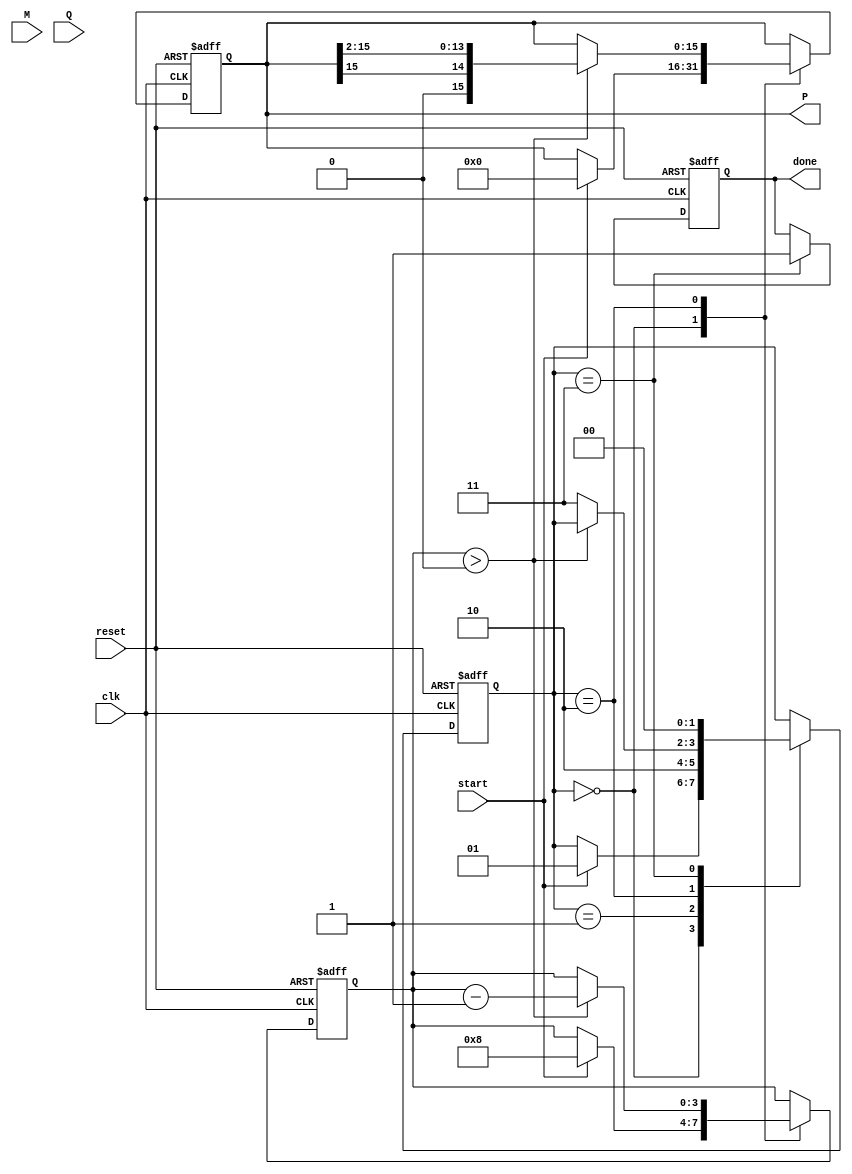
module booth_multiplier #(
    parameter WIDTH = 8 // Bit-width for the multiplicand and multiplier
)(
    input wire clk,
    input wire reset,
    input wire start,
    input wire signed [WIDTH-1:0] M, // Multiplicand
    input wire signed [WIDTH-1:0] Q, // Multiplier
    output reg signed [2*WIDTH-1:0] P, // Product
    output reg done // Indicates multiplication completion
);

    // Internal registers
    reg signed [WIDTH-1:0] A; // A register
    reg signed [WIDTH-1:0] Q_reg; // Q register
    reg Q_1; // Q-1 register
    reg [3:0] count; // Counter for iterations
    reg [1:0] state; // State for FSM

    // State encoding
    localparam IDLE = 2'b00,
               INIT = 2'b01,
               EXECUTE = 2'b10,
               DONE = 2'b11;

    // Initial conditions
    always @(posedge clk or posedge reset) begin
        if (reset) begin
            P <= 0;
            A <= 0;
            Q_reg <= 0;
            Q_1 <= 0;
            count <= 0;
            state <= IDLE;
            done <= 0;
        end else begin
            case (state)
                IDLE: begin
                    if (start) begin
                        // Initialize registers
                        A <= M; // Load multiplicand
                        Q_reg <= Q; // Load multiplier
                        Q_1 <= 0; // Initialize Q-1
                        P <= 0; // Clear product
                        count <= WIDTH; // Set iteration count
                        state <= INIT;
                    end
                end

                INIT: begin
                    // Move to execution state
                    state <= EXECUTE;
                end

                EXECUTE: begin
                    if (count > 0) begin
                        // Booth's algorithm logic
                        case ({Q_reg[0], Q_1})
                            2'b01: P <= P + A; // Add M to P
                            2'b10: P <= P - A; // Subtract M from P
                            default: ; // No operation
                        endcase

                        // Arithmetic right shift
                        {P, Q_reg} <= {P[2*WIDTH-1], P[2*WIDTH-1:1], Q_reg[WIDTH-1:1]}; // Shift P and Q
                        Q_1 <= Q_reg[0]; // Update Q-1
                        count <= count - 1; // Decrement count
                    end else begin
                        state <= DONE; // Move to done state
                    end
                end

                DONE: begin
                    done <= 1; // Indicate completion
                    state <= IDLE; // Reset to IDLE state
                end
            endcase
        end
    end
endmodule